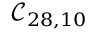
\mathcal { C } _ { 2 8 , 1 0 }